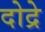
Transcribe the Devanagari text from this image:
दोद्रे